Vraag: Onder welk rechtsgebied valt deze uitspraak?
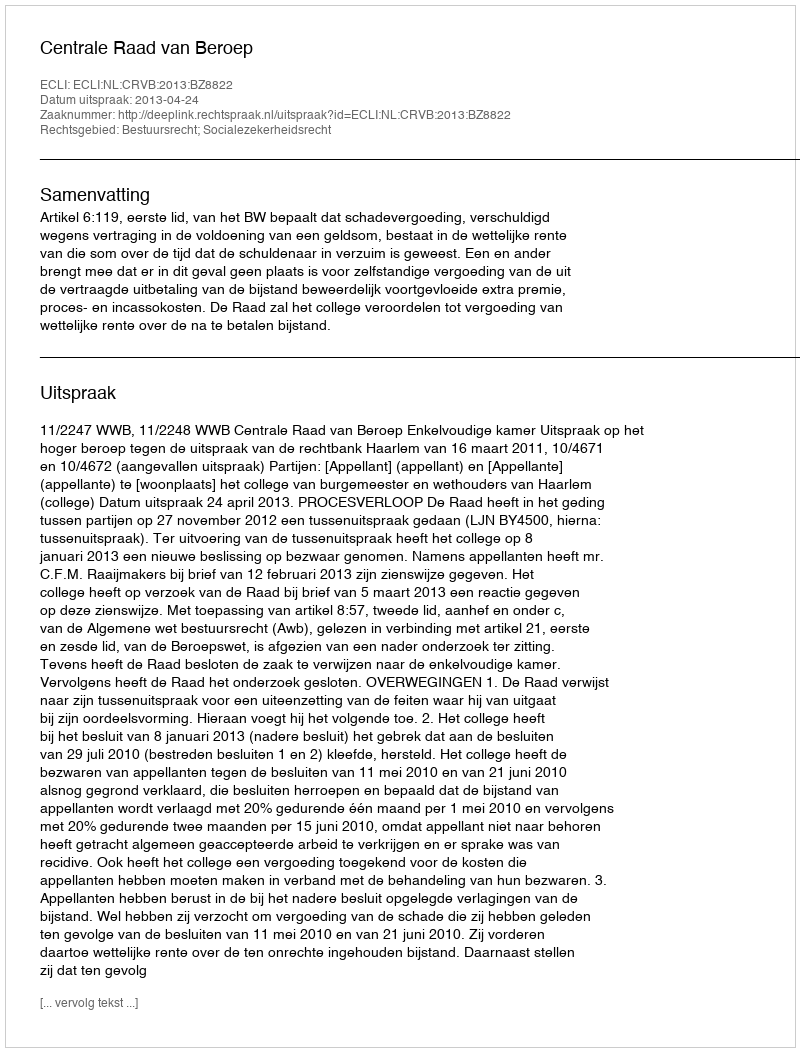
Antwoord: Bestuursrecht; Socialezekerheidsrecht